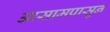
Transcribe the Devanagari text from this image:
आसामपासून